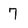
Character: 7